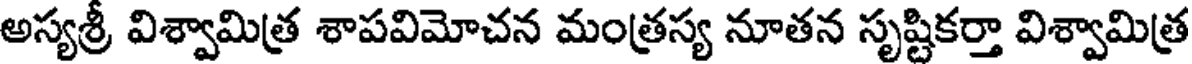
అస్యశ్రీ విశ్వామిత్ర శాపవిమోచన మంత్రస్య నూతన సృష్టికర్తా విశ్వామిత్ర